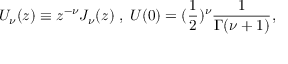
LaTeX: U _ { \nu } ( z ) \equiv z ^ { - \nu } J _ { \nu } ( z ) \; , \; U ( 0 ) = ( \frac { 1 } { 2 } ) ^ { \nu } \frac { 1 } { \Gamma ( \nu + 1 ) } ,